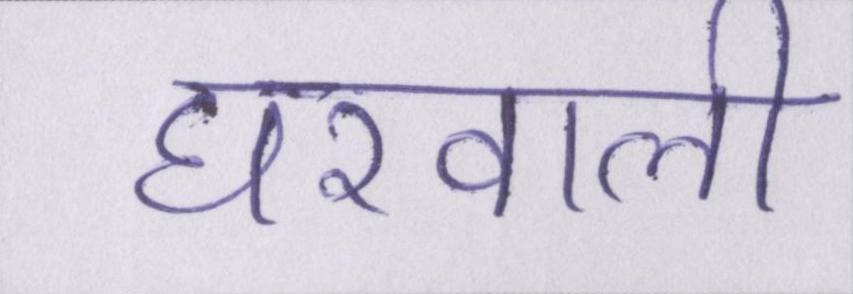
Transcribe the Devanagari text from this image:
घरवाली